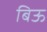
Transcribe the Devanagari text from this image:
बिऊ